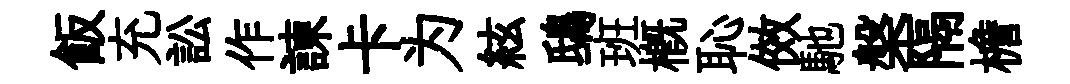
飯充訟作諫卡为絃鴟班概恥傚馳槃隔檐